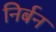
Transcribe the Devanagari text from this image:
निर्बन